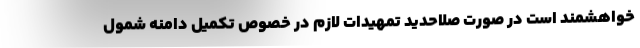
خواهشمند است در صورت صلاحدید تمهیدات لازم در خصوص تکمیل دامنه شمول